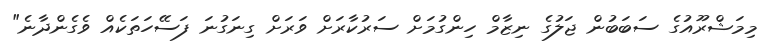
މިމަޝްރޫއުގެ ސަބަބުން ޖަލުގެ ނިޒާމް ހިންގުމަށް ސަރުކާރަށް ވަރަށް ގިނަގުނަ ފަސޭހަތަކެއް ވެގެންދާނެ"